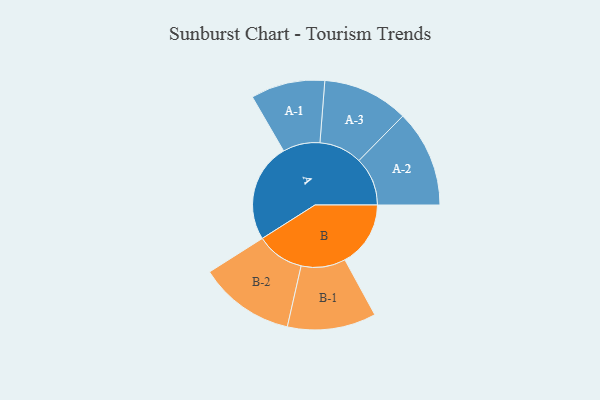
{"axis": {"x": "Segment", "y": "Value"}, "legend": ["", "A", "B"], "data": [{"x": "A", "y": 490, "type": ""}, {"x": "B", "y": 326, "type": ""}, {"x": "A-1", "y": 184, "type": "A"}, {"x": "A-2", "y": 241, "type": "A"}, {"x": "A-3", "y": 213, "type": "A"}, {"x": "B-1", "y": 220, "type": "B"}, {"x": "B-2", "y": 238, "type": "B"}]}